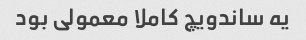
یه ساندویچ کاملا معمولی بود